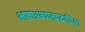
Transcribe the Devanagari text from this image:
भाषाअभ्यासपद्धतीपेक्षा